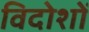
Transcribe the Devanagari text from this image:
विदोशों